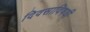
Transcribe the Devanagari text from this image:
दिवसाविषयी